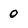
Character: 0